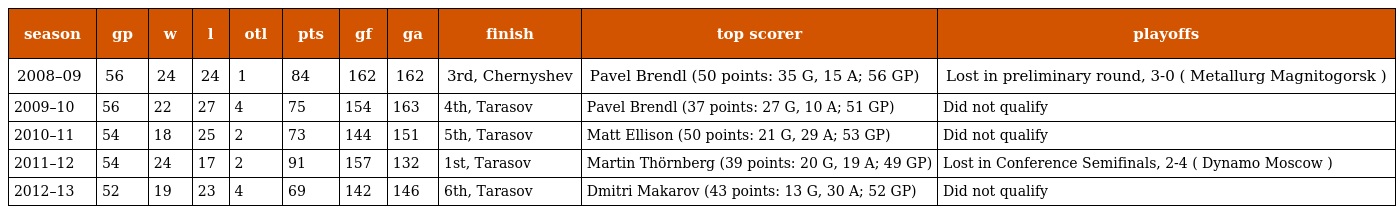
| season | gp | w | l | otl | pts | gf | ga | finish | top scorer | playoffs |
 | --- | --- | --- | --- | --- | --- | --- | --- | --- | --- | --- |
 | 2008–09 | 56 | 24 | 24 | 1 | 84 | 162 | 162 | 3rd, Chernyshev | Pavel Brendl (50 points: 35 G, 15 A; 56 GP) | Lost in preliminary round, 3-0 ( Metallurg Magnitogorsk ) |
 | 2009–10 | 56 | 22 | 27 | 4 | 75 | 154 | 163 | 4th, Tarasov | Pavel Brendl (37 points: 27 G, 10 A; 51 GP) | Did not qualify |
 | 2010–11 | 54 | 18 | 25 | 2 | 73 | 144 | 151 | 5th, Tarasov | Matt Ellison (50 points: 21 G, 29 A; 53 GP) | Did not qualify |
 | 2011–12 | 54 | 24 | 17 | 2 | 91 | 157 | 132 | 1st, Tarasov | Martin Thörnberg (39 points: 20 G, 19 A; 49 GP) | Lost in Conference Semifinals, 2-4 ( Dynamo Moscow ) |
 | 2012–13 | 52 | 19 | 23 | 4 | 69 | 142 | 146 | 6th, Tarasov | Dmitri Makarov (43 points: 13 G, 30 A; 52 GP) | Did not qualify |